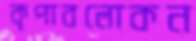
কৃপাবলোকন